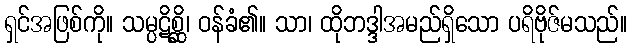
ရှင်အဖြစ်ကို။ သမ္ပဋိစ္ဆိ၊ ဝန်ခံ၏။ သာ၊ ထိုဘဒ္ဒါအမည်ရှိသော ပရိဗိုဇ်မသည်။